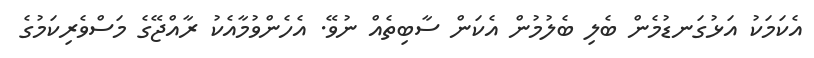
އެކަމަކު އަޅުގަނޑުމެން ބެލި ބެލުމުން އެކަން ސާބިތެއް ނުވޭ. އެހެންވުމާއެކު ރާއްޖޭގެ މަސްވެރިކަމުގެ